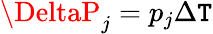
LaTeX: \DeltaP_{j}=p_{j}\Delta\mathtt{T}